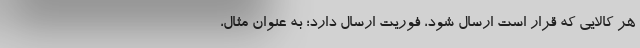
هر کالایی که قرار است ارسال شود، فوریت ارسال دارد؛ به عنوان مثال،